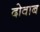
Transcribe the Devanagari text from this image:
दोवाब